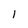
Character: l